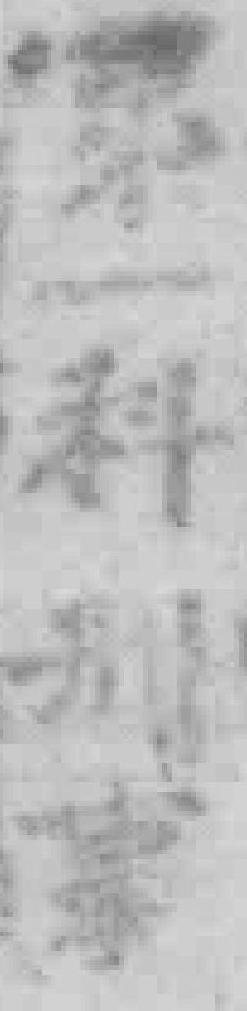
第一科刑事